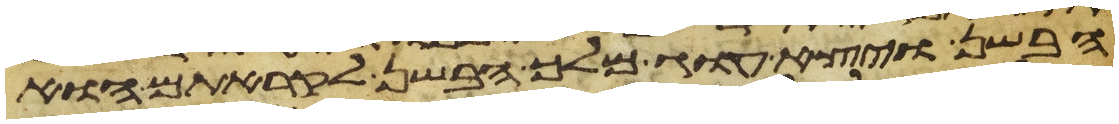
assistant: הבשן ויצא עוג מלך הבשן לקראתם הוא